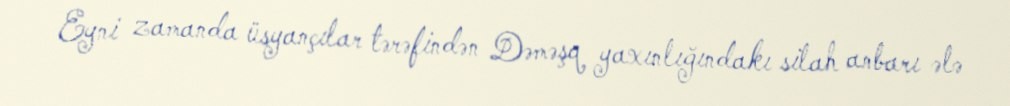
Eyni zamanda üsyançılar tərəfindən Dəməşq yaxınlığındakı silah anbarı ələ